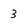
Character: 3